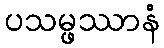
ပသမ္ဖဿာနံ